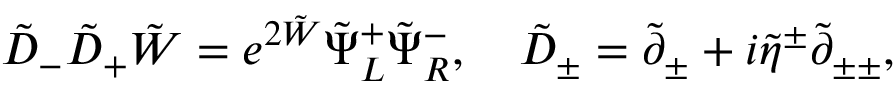
\tilde { D } _ { - } \tilde { D } _ { + } \tilde { W } = e ^ { 2 \tilde { W } } \tilde { \Psi } _ { L } ^ { + } \tilde { \Psi } _ { R } ^ { - } , ~ ~ ~ \tilde { D } _ { \pm } = \tilde { \partial } _ { \pm } + i \tilde { \eta } ^ { \pm } \tilde { \partial } _ { \pm \pm } ,